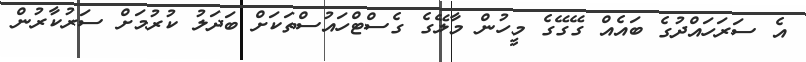
އެ ސަރަހައްދުގެ ބައެއް ގޭގޭގެ މީހުން މާލޭގެ ގެސްޓްހައުސްތަކަށް ބަދަލު ކުރުމަށް ސަރުކާރުން